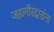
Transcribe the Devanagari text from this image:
जहागीरदारांना